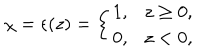
\chi = \epsilon ( z ) = \left\{ \begin{array} { l } { { 1 , z \geq 0 , } } \\ { { 0 , z < 0 , } } \\ \end{array} \right.